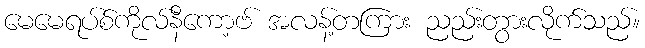
မေမေရပ်စ်ကိုလ်နီကော့ဗ် အလန့်တကြား ညည်းတွားလိုက်သည်။